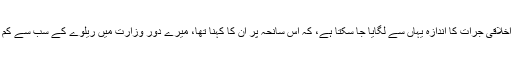
وزیر ریلوے کی اخلاقی جرات کا اندازہ یہاں سے لگایا جا سکتا ہے، کہ اس سانحہ پر ان کا کہنا تھا، میرے دور وزارت میں ریلوے کے سب سے کم حادثات پیش آئے۔